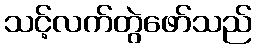
သင့်လက်တွဲဖော်သည်